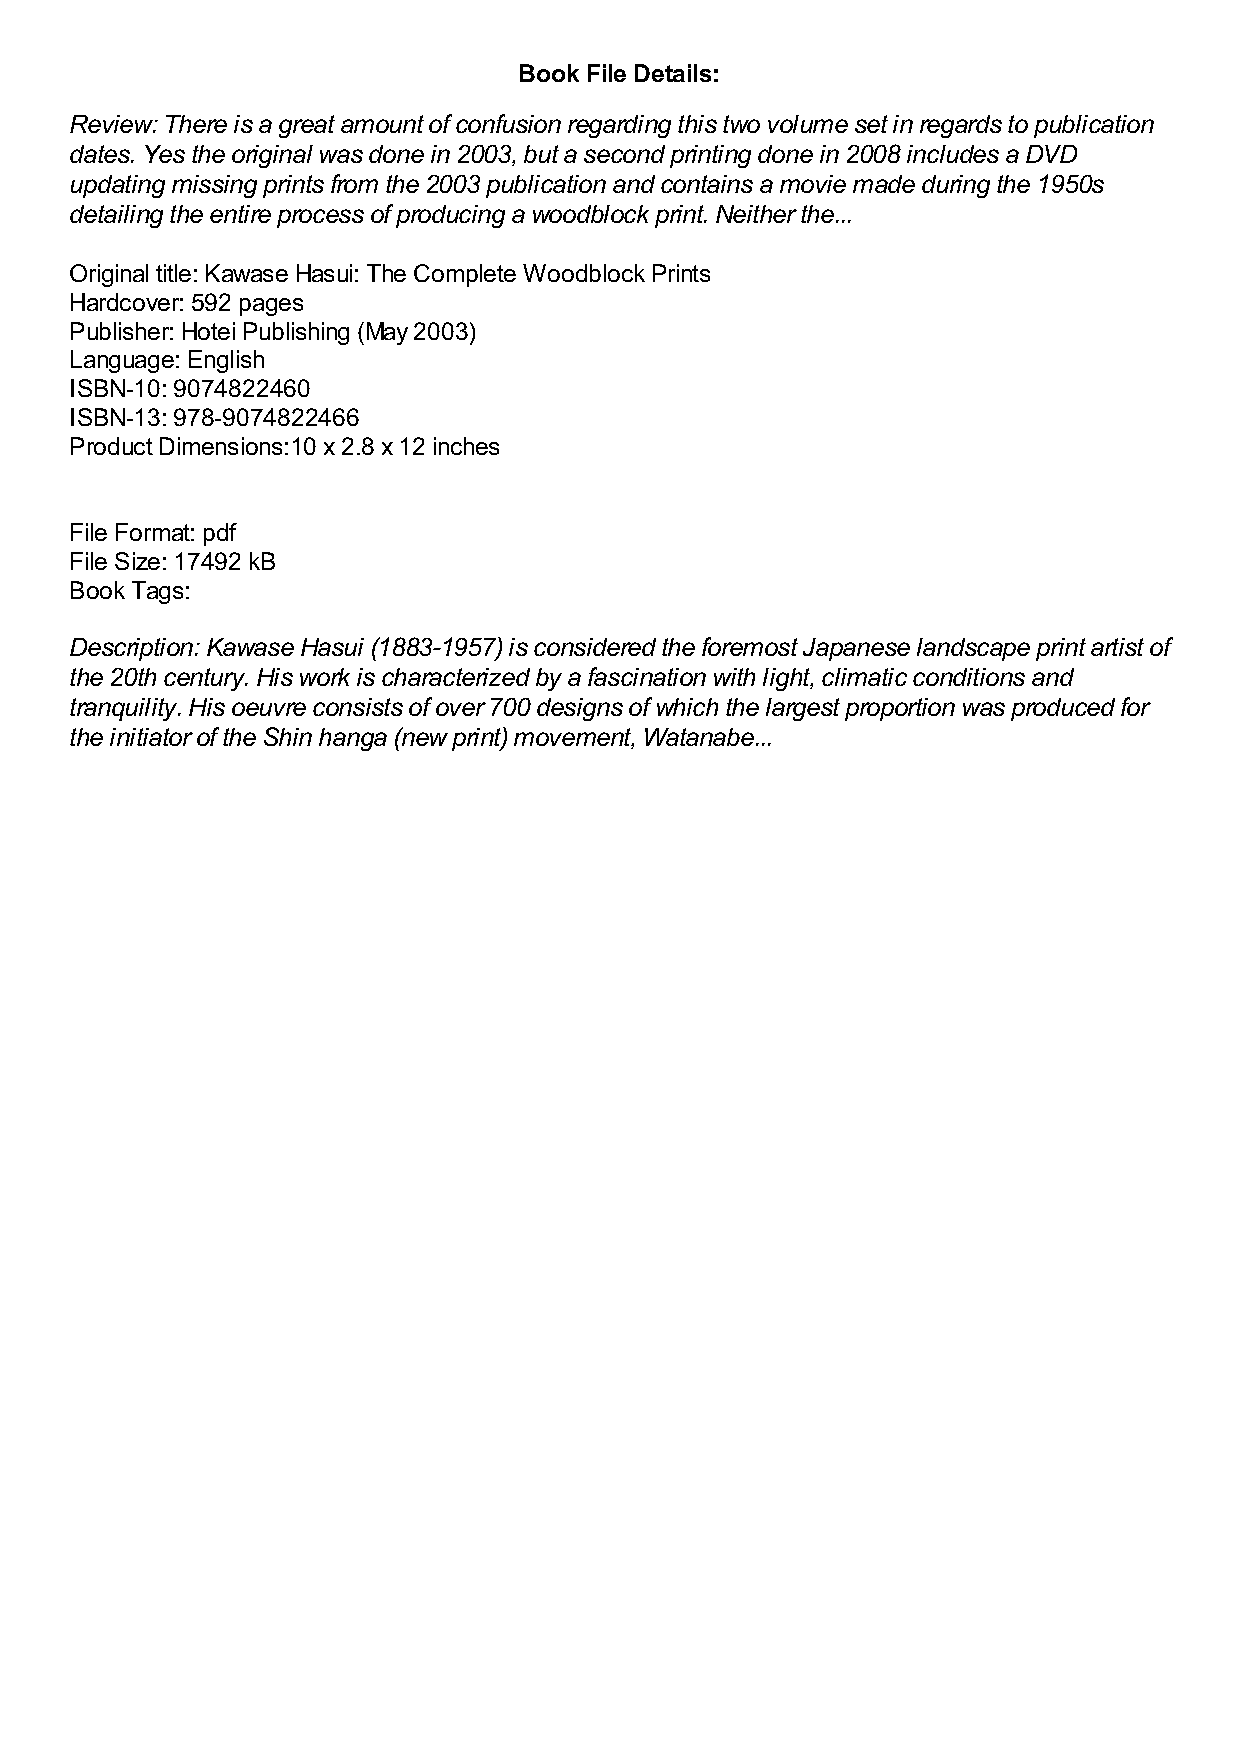
Book File Details:
 Review: There is a great amount of confusion regarding this two volume set in regards to publication
 dates. Yes the original was done in 2003, but a second printing done in 2008 includes a DVD
 updating missing prints from the 2003 publication and contains a movie made during the 1950s
 detailing the entire process of producing a woodblock print. Neither the...
 Original title: Kawase Hasui: The Complete Woodblock Prints
 Hardcover: 592 pages
 Publisher: Hotei Publishing (May 2003)
 Language: English
 ISBN-10: 9074822460
 ISBN-13: 978-9074822466
 Product Dimensions:10 x 2.8 x 12 inches
 File Format: pdf
 File Size: 17492 kB
 Book Tags:
 Description: Kawase Hasui (1883-1957) is considered the foremost Japanese landscape print artist of
 the 20th century. His work is characterized by a fascination with light, climatic conditions and
 tranquility. His oeuvre consists of over 700 designs of which the largest proportion was produced for
 the initiator of the Shin hanga (new print) movement, Watanabe...